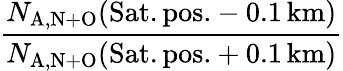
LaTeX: \frac{N_{\mathrm{A,N+O}}(\mathrm{Sat.pos.}-0.1\, \mathrm{km})}{N_{\mathrm{A,N+O}}(\mathrm{Sat.pos.}+0.1\, \mathrm{km})}